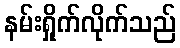
နမ်းရှိုက်လိုက်သည်